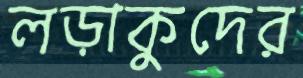
লড়াকুদের